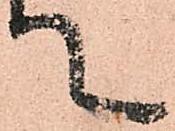
て